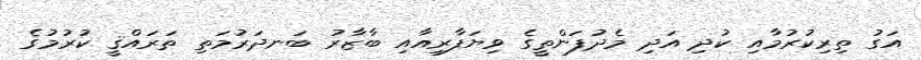
އަގު ތިރިކުރުމާއި ކުދި އަދި މެދުފަންތީގެ ވިޔަފާރިއާއި ބާޒާރު ބަނދަރުމަތި ތަރައްޤީ ކުރުމުގެ